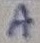
Text: 10K